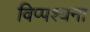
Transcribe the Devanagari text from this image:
विप्पश्यना